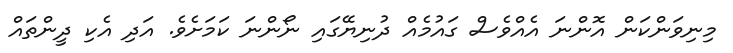
މިނިވަންކަން އޮންނަ އެއްވެސް ގައުމެއް ދުނިޔޭގައި ނޯންނަ ކަމަށެވެ. އަދި އެކި ދީންތައް